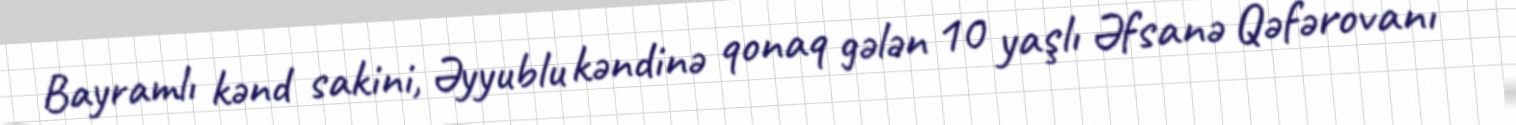
Bayramlı kənd sakini, Əyyublu kəndinə qonaq gələn 10 yaşlı Əfsanə Qəfərovanı